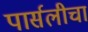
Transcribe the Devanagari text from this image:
पार्सलीचा